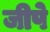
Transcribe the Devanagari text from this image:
जीपे